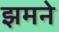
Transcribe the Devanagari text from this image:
झमने